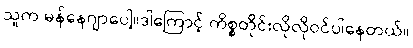
သူက မန်နေဂျာပေါ့။ဒါကြောင့် ကိစ္စတိုင်းလိုလိုဝင်ပါနေတယ်။